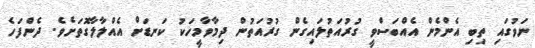
ނަވުގައި ތިބި އެންމެން އެއްބަސްވީ ގުރުއަތުލައިގެން ގުރުއަތުން ދިމާވާމީހަކު ކަނޑަށް އެއްލާލާގޮތަށެވެ. ދެންފަހެ